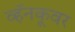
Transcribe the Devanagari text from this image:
व्हॅनकूवर